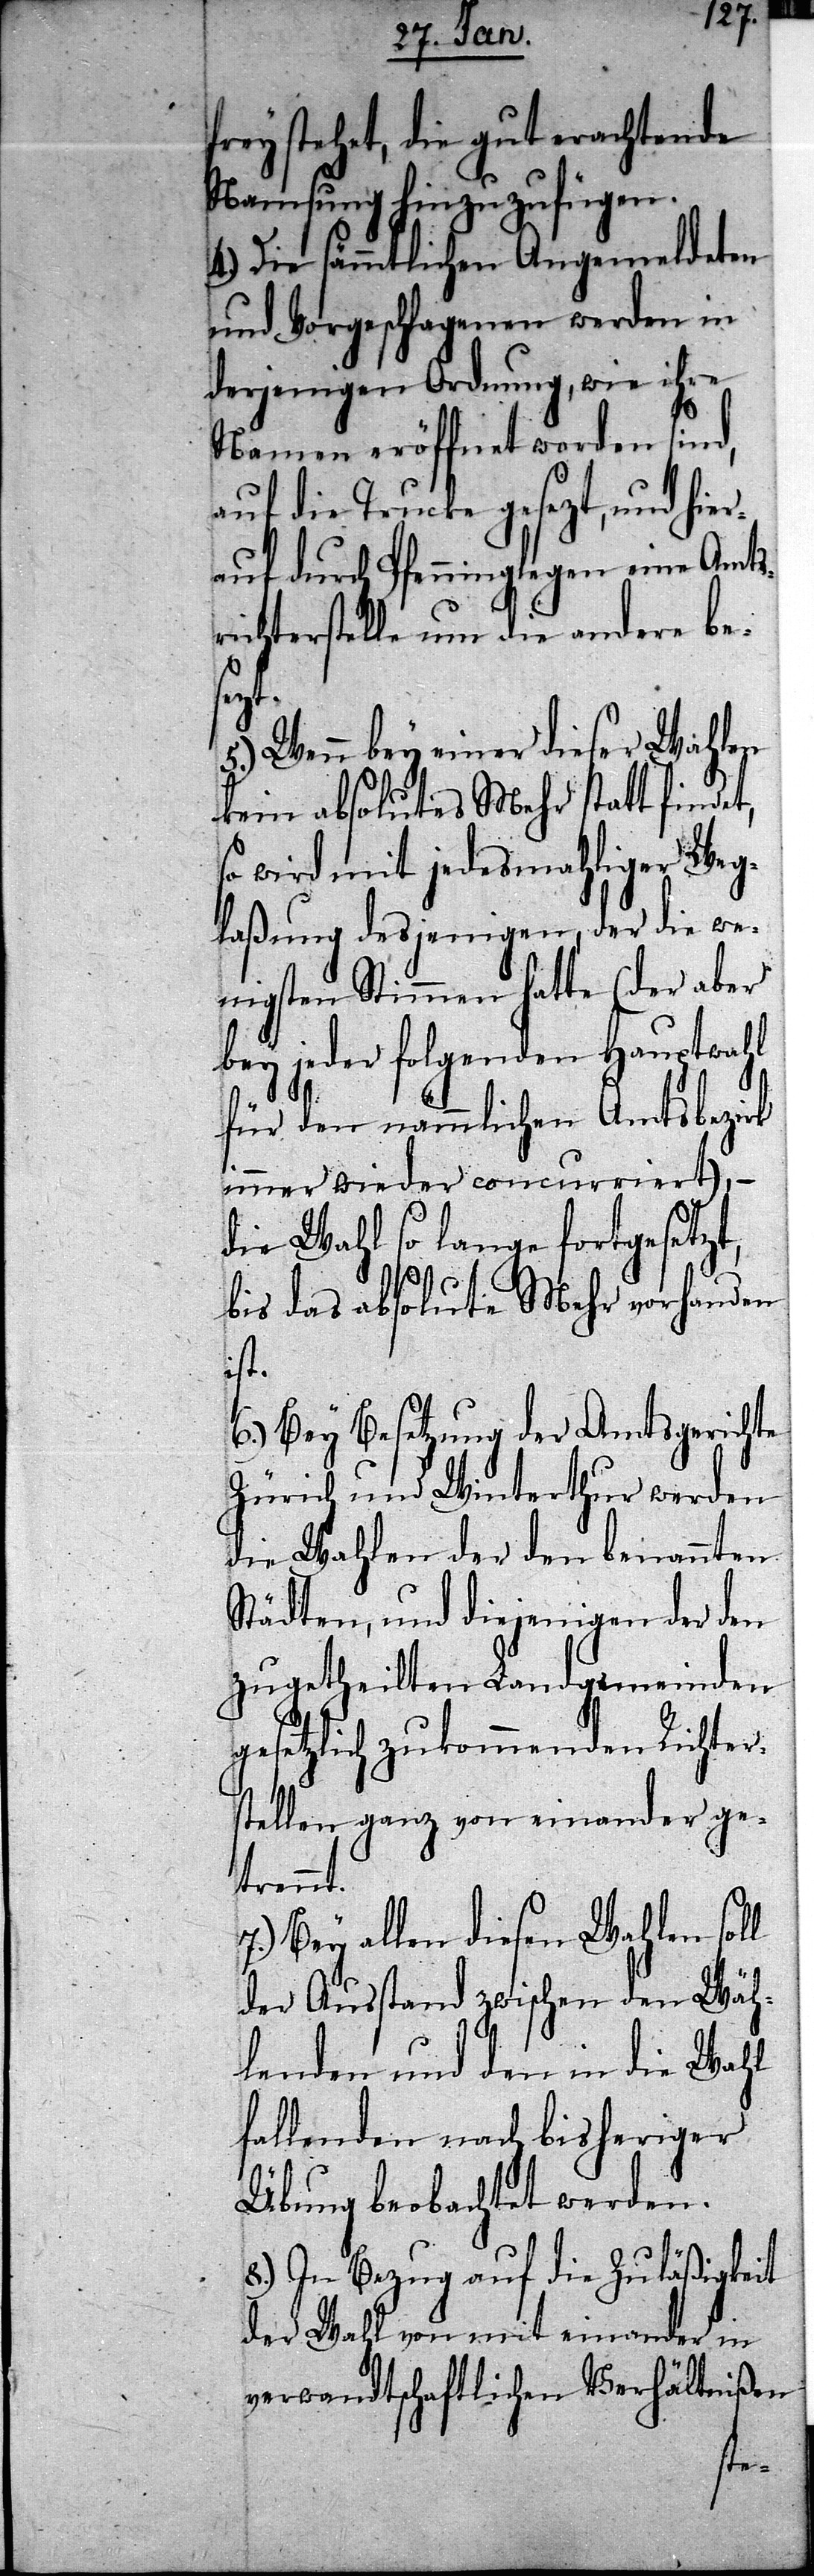
frey stehet, die gut erachtende
Namsung hinzuzufügen.
4.) Die sämmtlichen Angemeldeten
und Vorgeschlagenen werden in
derjenigen Ordnung, wie ihre
Namen eröffnet worden sind,
auf die Trucke gesetzt, und hie¬
rauf durch Pfenninglegen eine Amts¬
richterstelle um die andere bes¬
etzt.
5.) Wenn bey einer dieser Wahlen
kein absolutes Mehr statt findet,
so wird mit jedesmahliger Weg¬
laßung desjenigen, der die we¬
nigsten Stimmen hatte (der aber
bey jeder folgenden Hauptwahl
für den nämmlichen Amtsbezirk
immer wieder concurriert), –
die Wahl so lange fortgesetz¬
bis das absolute Mehr vorhanden
ist.
6.) Bey Besetzung der Amtsgerichte
Zürich und Winterthur werden
die Wahlen den benannten
Städten, und diejenigen der den
zugetheilten Landgemeinden
gesetzlich zukommenden Richter¬
stellen ganz von einander ge¬
trennt.
7.) Bey allen diesen Wahlen soll
der Ausstand zwischen den Wäh¬
lenden und den in die Wahl
fallenden nach bisheriger
Übung beobachtet werden.
8.) In Bezug auf die Zuläßigkeit
der Wahl von mit einander in
verwandtschaftlichen Verhältnißen
t,